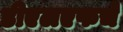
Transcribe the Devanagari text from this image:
डीएलएफचे